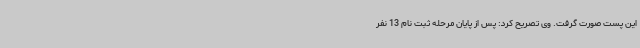
این پست صورت گرفت. وی تصریح کرد: پس از پایان مرحله ثبت نام 13 نفر